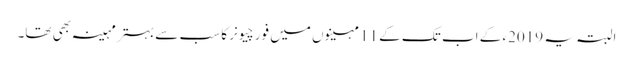
البتہ یہ 2019ء کے اب تک کے 11 مہینوں میں فورچیونر کا سب سے بہتر مہینہ بھی تھا۔